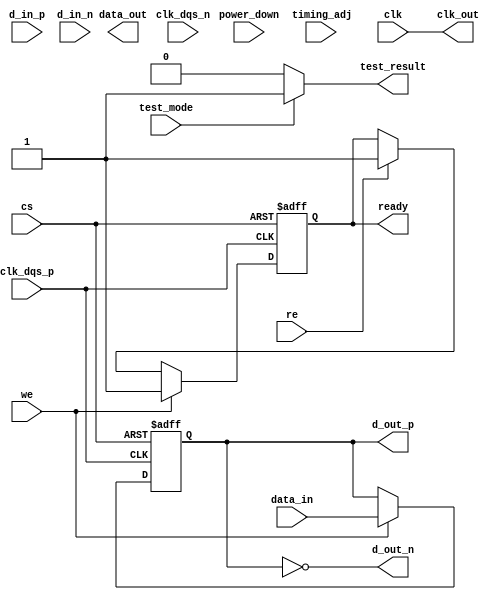
module lpddr5_io_block (
    // Differential I/O Buffers
    input wire [31:0] d_in_p,   // Differential Data Input Positive
    input wire [31:0] d_in_n,   // Differential Data Input Negative
    output wire [31:0] d_out_p,  // Differential Data Output Positive
    output wire [31:0] d_out_n,  // Differential Data Output Negative
    
    // Control Signals
    input wire clk_dqs_p,       // Differential DQS Clock Positive
    input wire clk_dqs_n,       // Differential DQS Clock Negative
    input wire cs,              // Chip Select
    input wire we,              // Write Enable
    input wire re,              // Read Enable
    
    // Power Management
    input wire power_down,       // Power Down Control
    output wire clk_out,         // Clock Output
    output wire [31:0] data_out, // Data Output
    input wire [31:0] data_in,   // Data Input
    
    // Debugging
    input wire test_mode,        // Test Mode Enable
    output wire test_result,     // Test Result Output
    
    // Timing Control
    input wire [7:0] timing_adj, // Timing Adjustment
    input wire clk,              // System Clock
    output wire ready            // Ready Signal
);

// Internal signals
wire [31:0] data_lanes;          // Data lanes
wire [31:0] data_lanes_d;        // Data lanes delayed
reg [31:0] data_out_reg;          // Register to hold output data
reg ready_reg;                    // Register for ready signal

// Differential Buffer Instantiation (Placeholder)
// In a real design, you would instantiate an actual buffer here
assign d_out_p = data_out_reg; // Placeholder for output data
assign d_out_n = ~data_out_reg; // Placeholder for output data

// Clock Management (Placeholder)
// In a real design, you would implement PLL/CDR here
assign clk_out = clk; // Directly assign for now

// Data Reception Logic (Simplified)
always @(posedge clk_dqs_p or negedge cs) begin
    if (!cs) begin
        // Reset output data on chip select low
        data_out_reg <= 32'b0;
        ready_reg <= 1'b0;
    end else if (we) begin
        // Write data to output register
        data_out_reg <= data_in;
        ready_reg <= 1'b1;
    end else if (re) begin
        // Read data (placeholder)
        ready_reg <= 1'b1;
    end
end

// Output for ready signal
assign ready = ready_reg;

// Test Mode Logic (Placeholder)
assign test_result = (test_mode) ? 1'b1 : 1'b0; // Simple test mode logic

// Power Management Logic (Simplified)
always @(posedge clk or negedge power_down) begin
    if (!power_down) begin
        // Enter low power mode
        // Add logic for low power state
    end else begin
        // Normal operation
        // Add logic for normal operation
    end
end

// Timing Adjustment Logic (Simplified)
// In a real design, this would adjust timing based on input parameters
// Placeholder for timing adjustment implementation

endmodule